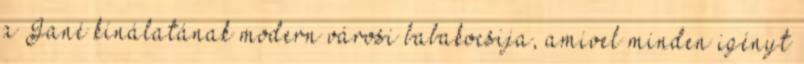
a Jané kínálatának modern városi babakocsija, amivel minden igényt